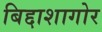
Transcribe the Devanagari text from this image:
बिद्दाशागोर